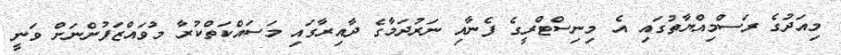
މިއަދުގެ ރަސްމިއްޔާތުގައި އެ މިނިސްޓްރީގެ ފެނާއި ނަރުދަމާގެ ދާއިރާގައި މަސައްކަތްކުރާ މުވައްޒަފުންނަށް ވަނީ